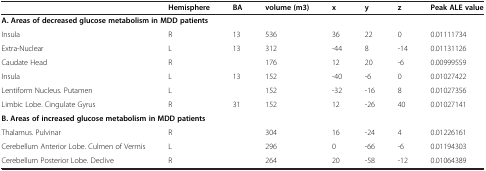
<table><thead><tr><td></td><td><b>Hemisphere</b></td><td><b>BA</b></td><td><b>volume (m3)</b></td><td><b>x</b></td><td><b>y</b></td><td><b>z</b></td><td><b>Peak ALE value</b></td></tr></thead><tbody><tr><td colspan="5"><b>A. Areas of decreased glucose metabolism in MDD patients</b></td><td></td><td></td><td></td></tr><tr><td>Insula</td><td>R</td><td>13</td><td>536</td><td>36</td><td>22</td><td>0</td><td>0.01111734</td></tr><tr><td>Extra-Nuclear</td><td>L</td><td>13</td><td>312</td><td>-44</td><td>8</td><td>-14</td><td>0.01131126</td></tr><tr><td>Caudate Head</td><td>R</td><td></td><td>176</td><td>12</td><td>20</td><td>-6</td><td>0.00999559</td></tr><tr><td>Insula</td><td>L</td><td>13</td><td>152</td><td>-40</td><td>-6</td><td>0</td><td>0.01027422</td></tr><tr><td>Lentiform Nucleus. Putamen</td><td>L</td><td></td><td>152</td><td>-32</td><td>-16</td><td>8</td><td>0.01027356</td></tr><tr><td>Limbic Lobe. Cingulate Gyrus</td><td>R</td><td>31</td><td>152</td><td>12</td><td>-26</td><td>40</td><td>0.01027141</td></tr><tr><td colspan="5"><b>B. Areas of increased glucose metabolism in MDD patients</b></td><td></td><td></td><td></td></tr><tr><td>Thalamus. Pulvinar</td><td>R</td><td></td><td>304</td><td>16</td><td>-24</td><td>4</td><td>0.01226161</td></tr><tr><td>Cerebellum Anterior Lobe. Culmen of Vermis</td><td>L</td><td></td><td>296</td><td>0</td><td>-66</td><td>-6</td><td>0.01194303</td></tr><tr><td>Cerebellum Posterior Lobe. Declive</td><td>R</td><td></td><td>264</td><td>20</td><td>-58</td><td>-12</td><td>0.01064389</td></tr></tbody></table>